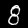
Label: 8